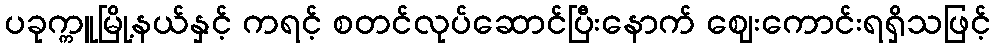
ပခုက္ကူမြို့နယ်နှင့် ကရင့် စတင်လုပ်ဆောင်ပြီးနောက် ဈေးကောင်းရရှိသဖြင့်